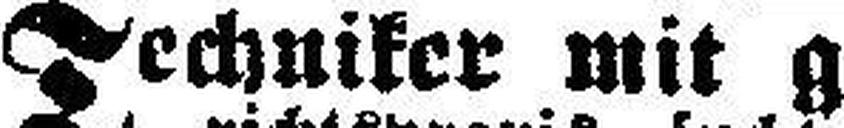
Techniker mit großer Unter¬